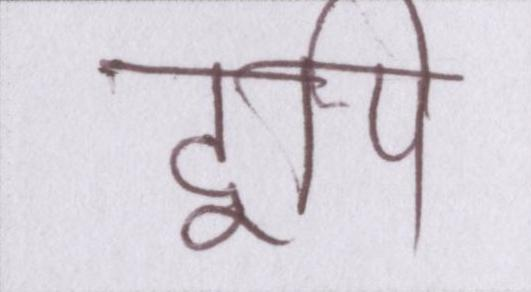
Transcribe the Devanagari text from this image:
द्वीप